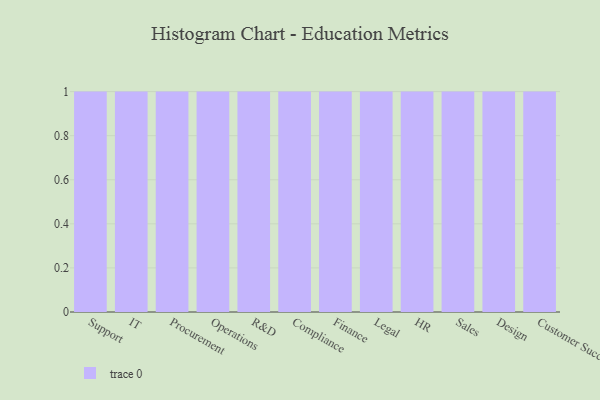
{"axis": {"x": "Department", "y": "Gross Profit (USD K)"}, "legend": [""], "data": [{"x": "Support", "y": 47, "type": ""}, {"x": "IT", "y": 5, "type": ""}, {"x": "Procurement", "y": 39, "type": ""}, {"x": "Operations", "y": 38, "type": ""}, {"x": "R&D", "y": 62, "type": ""}, {"x": "Compliance", "y": 11, "type": ""}, {"x": "Finance", "y": 62, "type": ""}, {"x": "Legal", "y": 76, "type": ""}, {"x": "HR", "y": 42, "type": ""}, {"x": "Sales", "y": 61, "type": ""}, {"x": "Design", "y": 25, "type": ""}, {"x": "Customer Success", "y": 47, "type": ""}]}